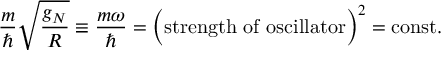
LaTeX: { \frac { m } { \hbar } } \sqrt { \frac { g _ { N } } { R } } \equiv { \frac { m \omega } { \hbar } } = \Bigl ( \mathrm { s t r e n g t h ~ o f ~ o s c i l l a t o r } \Bigr ) ^ { 2 } = \mathrm { c o n s t } .